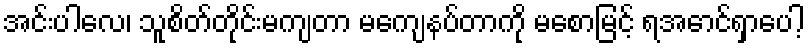
အင်းပါလေ၊ သူစိတ်တိုင်းမကျတာ မကျေနပ်တာကို မစောမြင့် ရအောင်ရှာပေါ့